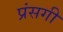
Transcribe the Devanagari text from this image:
प्रंसगी